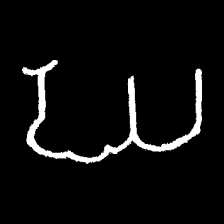
Pyu character \u2014 Myanmar letter: ဃ (romanized: gha)